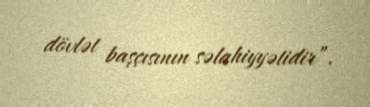
dövlət başçısının səlahiyyətidir”.